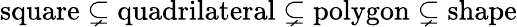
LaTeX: {\mathrm{square}}\subsetneq{\mathrm{quadrilateral}}\subsetneq{\mathrm{polygon}}\subsetneq{\mathrm{shape}}